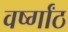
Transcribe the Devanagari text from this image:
वर्ष्गांठ